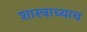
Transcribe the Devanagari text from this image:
शास्त्राच्याच